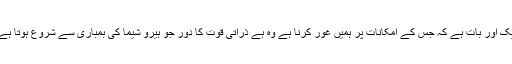
ایک اور بات ہے کہ جس کے امکانات پر ہمیں غور کرنا ہے وہ ہے ذراتی قوت کا دور جو ہیرو شیما کی بمباری سے شروع ہوتا ہے۔